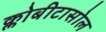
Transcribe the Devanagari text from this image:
क्लोबीटासोल